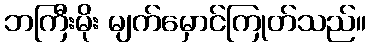
ဘကြီးမိုး မျက်မှောင်ကြုတ်သည်။